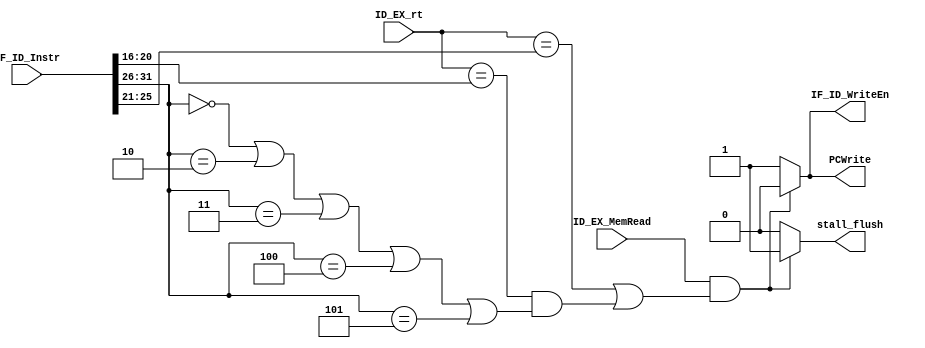
`timescale 1ns / 1ps
//////////////////////////////////////////////////////////////////////////////////
// Company:
// Engineer:
//
// Design Name:
// Module Name: HazardDetUnit
// Project Name:
// Target Devices:
// Tool Versions:
// Description:
//
// Dependencies:
//
// Revision:
// Revision 0.01 - File Created
// Additional Comments:
//
//////////////////////////////////////////////////////////////////////////////////


module HazardDetUnit1(PCWrite, IF_ID_WriteEn, stall_flush, IF_ID_Instr, ID_EX_MemRead, ID_EX_rt);
output PCWrite, IF_ID_WriteEn, stall_flush;
input [31:0] IF_ID_Instr;
input [4:0] ID_EX_rt;
input ID_EX_MemRead;
wire cond, instrMatch, rtMatch;

 assign rtMatch = ((ID_EX_rt == IF_ID_Instr[20:16]) && instrMatch);
 assign instrMatch = (IF_ID_Instr[31:26] == 6'h0 || IF_ID_Instr[31:26] == 6'h2 || IF_ID_Instr[31:26] == 6'h3 || IF_ID_Instr[31:26] == 6'h4 || IF_ID_Instr[31:26] == 6'h5);
 assign cond = (ID_EX_MemRead) && ((ID_EX_rt == IF_ID_Instr[25:21])  || rtMatch);




assign PCWrite = cond ? 1'b0 : 1'b1;
assign IF_ID_WriteEn = cond ? 1'b0 : 1'b1;
assign stall_flush= cond ? 1'b1 : 1'b0;
endmodule

//Hazard detection to account for delay in WB especially after flushing which makes it impossible for other detectors to work with previous code
//without stalling
//Fix is to push the data from previous WB twice when hazard detected, kind of like forwarding
module HazardDetUnit2 (MEM_WB_RegWrite, IF_ID_rs, IF_ID_rt, MEM_WB_rd,RSout,RTout, WB_Rdata, RSFlushedOut,RTFlushedOut);
    input MEM_WB_RegWrite;
    input [31:0] WB_Rdata, RSout, RTout;
    input [4:0] IF_ID_rs, IF_ID_rt,MEM_WB_rd;
    output[31:0]  RSFlushedOut,RTFlushedOut;
    
    assign RSFlushedOut = ((MEM_WB_RegWrite && MEM_WB_rd != 5'd0) && ((MEM_WB_rd == IF_ID_rs ))) ? WB_Rdata : RSout; 
    assign RTFlushedOut = ((MEM_WB_RegWrite && MEM_WB_rd != 5'd0) && ((MEM_WB_rd == IF_ID_rt))) ? WB_Rdata : RTout; 
endmodule